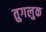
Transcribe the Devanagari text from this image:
तुगलुक